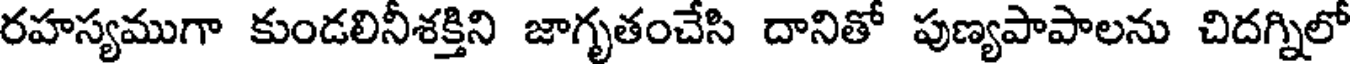
రహస్యముగా కుండలినీశక్తిని జాగృతంచేసి దానితో పుణ్యపాపాలను చిదగ్నిలో